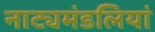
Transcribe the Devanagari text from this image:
नाट्यमंडलियां